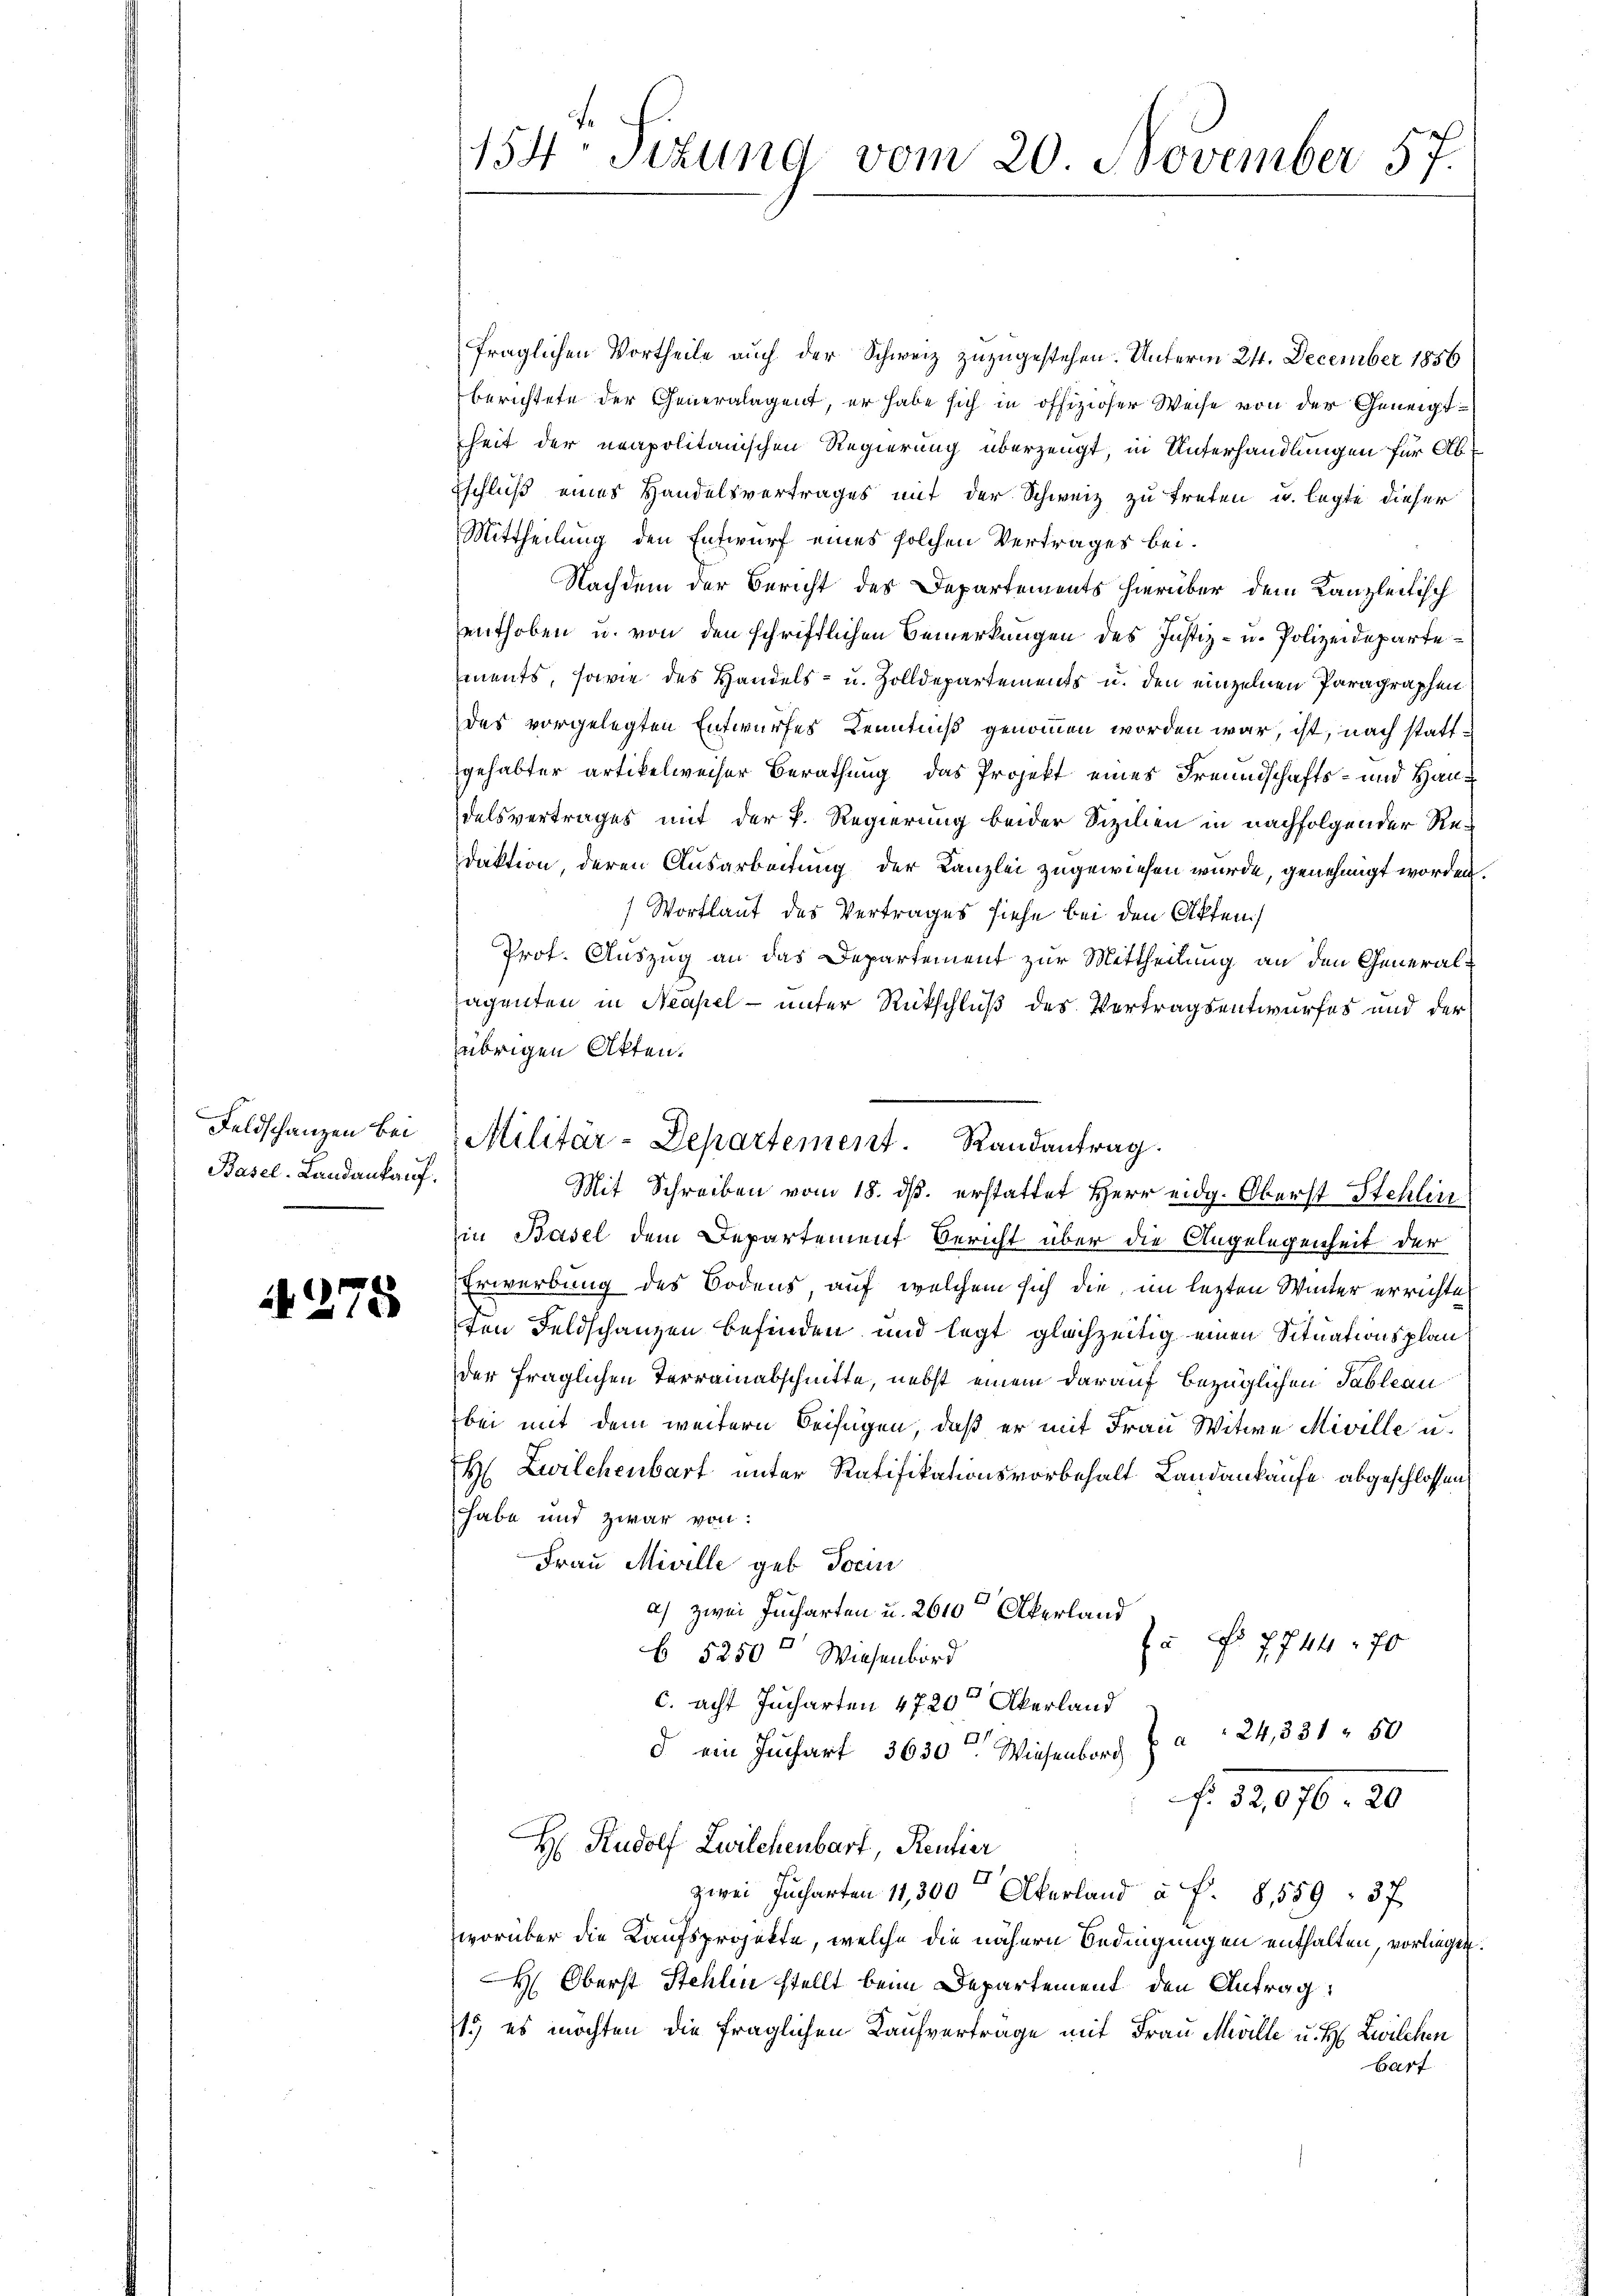
Basel-Landankauf.

278

fraglichen Vortheile auch der Schweiz zuzugestehen. Unterm 24. December 1856
berichtete der Generalagent, er habe sich in offizioser Weise von der Geneigt
heit der neapolitanischen Regierung überzeugt, in Unterhandlungen für Ab¬
Eschluß eines Handelsvertrages mit der Schweiz zu treten u. legte dieser
Mittheilung den Entwurf eines solchen Vertrages bei.
Nachdem der Bericht des Departements hierüber dem Kanzleitisch
enthoben u. von den schriftlichen Bemerkungen des Justiz- u. Polizeidepartements, sowie des Handels- u. Zolldepartements u. den einzelnen Paragraphen
des vorgelegten Entwurfes Kenntniß genommen worden war, ist, nach stattgehabter artikelweiser Berathung, das Projekt eines Freundschafts- und Handelsvertrages mit der P. Regierung beider Sizilien in nachfolgender Redaktion, deren Ausarbeitung der Kanzlei zugewiesen wurde, genehmigt worden.
Wortlaut des Vertrages siehe bei den Akten
Prot. Auszug an das Departement zur Mittheilung an den General-
ragenten in Neapel- unter Rückschluß des Vortragsentwurfes und der
übrigen Akten.
Mit Schreiben vom 18. ds. erstattet Herr eidg. Oberst Stehlin
in Basel dem Departement Bericht über die Angelegenheit der
Erwerbung des Bodens auf welchem sich die im lezten Winter errichte
ten Feldschanzen befinden und legt gleichzeitig einen Situationsplander fraglichen Terrainabschnitte, nebst einem darauf bezüglichen Tableau
bei mit dem weitern Beifügen, daß er mit Frau Witwe Miville u.
H. Zwilchenbart unter Ratifikationsvorbehalt Landankaufe abgeschlossen
habe und zwar von:
Frau Miville geb. Jocin
a) zwei Jucharten u. 2610 Akerland
a No 7744. 70
b 5250f Wiesenbord
1
c. acht Jucharten 4720 Akerland
d ein Juchart 3630. Wiesenbarg Z 24, 331 50
f. 12976. 20
H. Rudolf Zwilchenbart, Rentier
zwei Jucharten 11,300 verland à f. 8,559. 37
worüber die Kaufsprojekte, welche die nähern Bedingungen enthalten, vorliegen.
H. Oberst Stehlen stellt beim Departement den Antrag:
1.) es möchten die fraglichen Kaufvertrage mit Frau Meville u. H. Zwilchen
bart

154. Sizung vom 20. November 57.

Feldschanzen bei Militär-Departement. Randantrag.